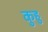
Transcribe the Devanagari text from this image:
कुहु